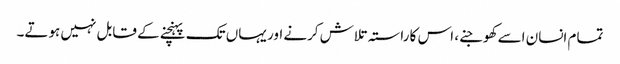
تمام انسان اسے کھوجنے، اس کا راستہ تلاش کرنے اور یہاں تک پہنچنے کے قابل نہیں ہوتے۔